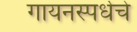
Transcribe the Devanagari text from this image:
गायनस्पर्धेचे